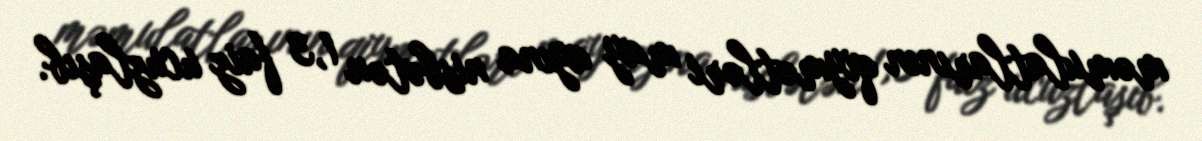
məmulatlarının qiymətləri may ayına nisbətən 1,3 faiz ucuzlaşıb.